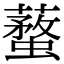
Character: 𧒚